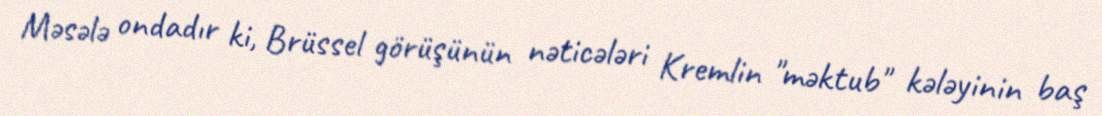
Məsələ ondadır ki, Brüssel görüşünün nəticələri Kremlin "məktub" kələyinin baş